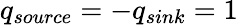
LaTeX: q_{source}=-q_{sink}=1